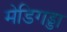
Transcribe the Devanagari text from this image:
मेडिगड्डा